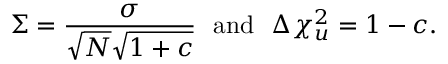
\Sigma = \frac { \sigma } { \sqrt { N } \sqrt { 1 + c } } \mathrm { ~ ~ a n d ~ ~ } \Delta { \chi _ { u } ^ { 2 } } = 1 - c .